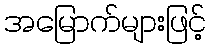
အမြောက်များဖြင့်